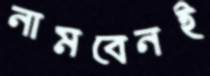
নামবেনই